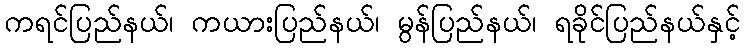
ကရင်ပြည်နယ်၊ ကယားပြည်နယ်၊ မွန်ပြည်နယ်၊ ရခိုင်ပြည်နယ်နှင့်